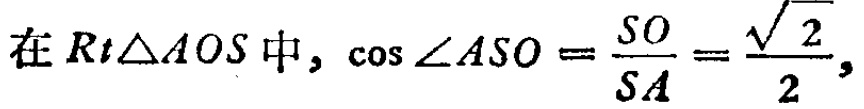
在$Rt\triangle AOS$中, $\cos\angle ASO = \frac{SO}{SA}=\frac{\sqrt{2}}{2},$